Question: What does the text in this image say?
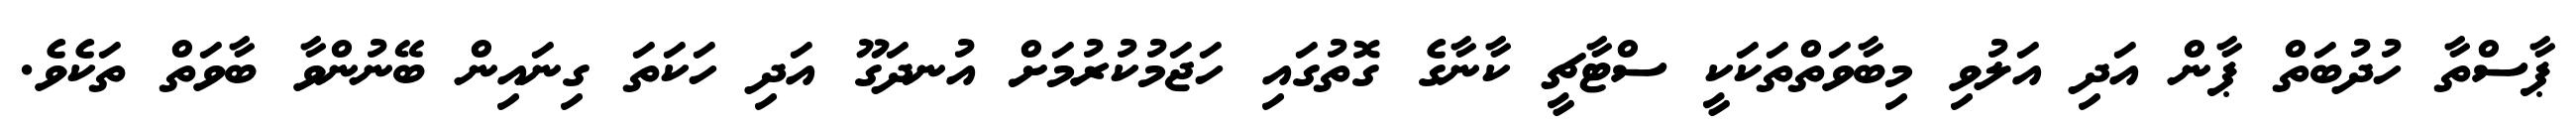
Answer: ޕާސްތާ ހުދުބަތް ޕާން އަދި އަލުވި މިބާވަތްތަކަކީ ސްޓާޗީ ކާނާގެ ގޮތުގައި ހަޖަމުކުރުމަށް އުނދަގޫ އަދި ހަކަތަ ގިނައިން ބޭނުންވާ ބާވަތް ތަކެވެ.